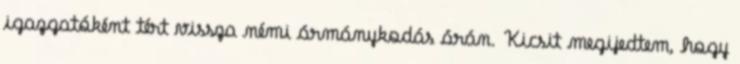
igazgatóként tért vissza némi ármánykodás árán. Kicsit megijedtem, hogy